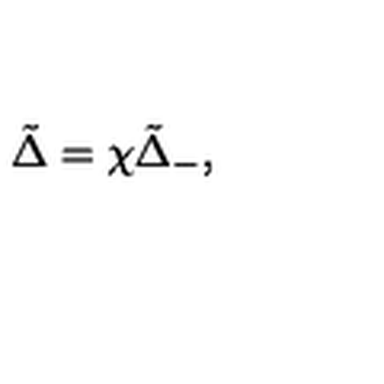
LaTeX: \tilde { \Delta } = \chi { \tilde { \Delta } } _ { - } ,